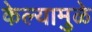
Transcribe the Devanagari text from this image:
केल्‍यामुळे